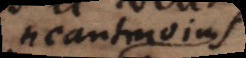
neanmoins